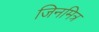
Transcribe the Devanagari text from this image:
जिनमित्र